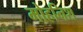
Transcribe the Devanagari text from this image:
मोहनिश